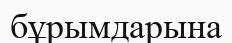
бұрымдарына